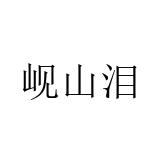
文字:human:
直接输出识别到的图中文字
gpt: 岘山泪